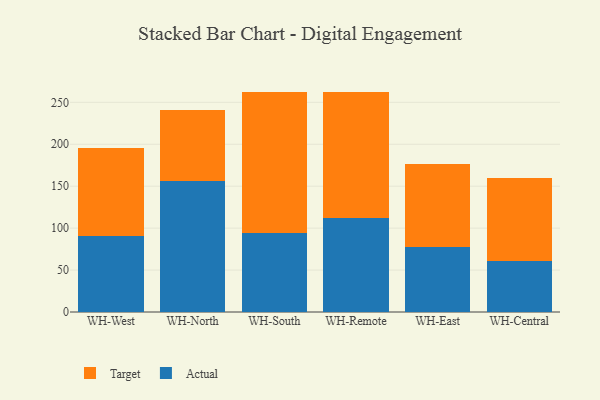
{"axis": {"x": "Warehouse", "y": "Energy Usage (MWh)"}, "legend": ["Actual", "Target"], "data": [{"x": "WH-West", "y": 90.1, "type": "Actual"}, {"x": "WH-West", "y": 105.2, "type": "Target"}, {"x": "WH-North", "y": 155.7, "type": "Actual"}, {"x": "WH-North", "y": 84.9, "type": "Target"}, {"x": "WH-South", "y": 94.6, "type": "Actual"}, {"x": "WH-South", "y": 168.2, "type": "Target"}, {"x": "WH-Remote", "y": 111.6, "type": "Actual"}, {"x": "WH-Remote", "y": 150.7, "type": "Target"}, {"x": "WH-East", "y": 77.1, "type": "Actual"}, {"x": "WH-East", "y": 99.0, "type": "Target"}, {"x": "WH-Central", "y": 60.7, "type": "Actual"}, {"x": "WH-Central", "y": 98.6, "type": "Target"}]}